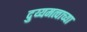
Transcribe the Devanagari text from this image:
दुय्यमत्वाच्या